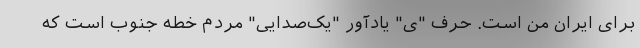
برای ایران من است. حرف "ی" یادآور "یک‌صدایی" مردم خطه جنوب است که